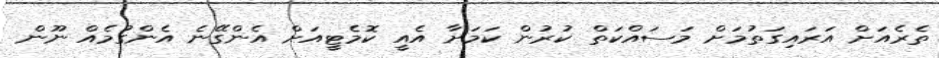
ތެރެއަށް އަރައިގަތުމަށް މަސައްކަތް ކުރުން ކަމަށާ އެއީ ކޮމެޓީއަށް އެންގޭނެ އެންގުމެއް ނޫން